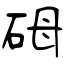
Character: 砪